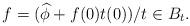
LaTeX: \begin{align*}f=(\widehat{\phi}+f(0)t(0))/t\in B_t.\end{align*}